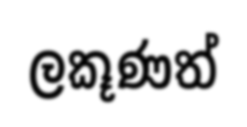
ලකූණත්